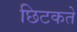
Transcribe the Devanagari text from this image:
छिटकते